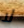
لا